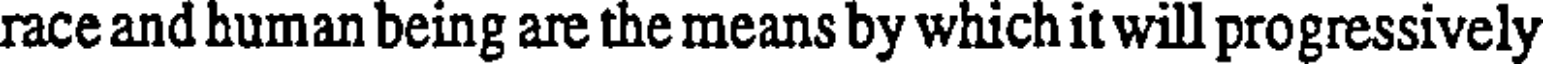
race and human being are the means by which it will progressively